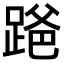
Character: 𫏒